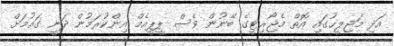
އަދި މަޖިލީހުގައި އޮތް މެޖޯރިޓީގެ ބޭނުން ވެސް ޕީޕީއެމް އިންކުރަމުން ދަނީ ގައުމަށް